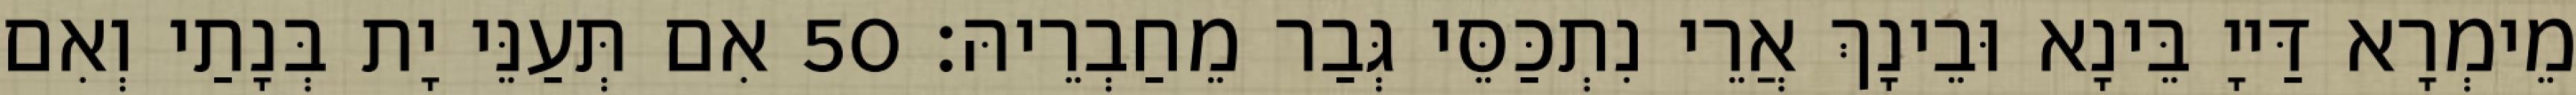
מֵימְרָא דַּייָ בֵּינָא וּבֵינָךְ אֲרֵי נִתְכַּסֵּי גְּבַר מֵחַבְרֵיהּ׃ 50 אִם תְּעַנֵּי יָת בְּנָתַי וְאִם